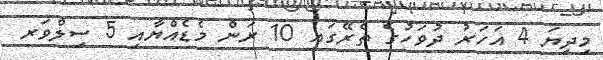
މިދިޔަ 4 އަހަރު ދުވަހުގެ ތެރޭގައި 10 ރަން މެޑެއްޔާއި 5 ސިލްވަރ